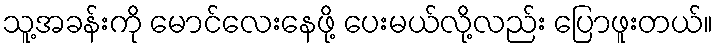
သူ့အခန်းကို မောင်လေးနေဖို့ ပေးမယ်လို့လည်း ပြောဖူးတယ်။